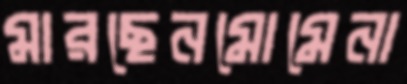
মারছেনমোমেনা